Vaccination in Burma 1920-1933 - 1920-1933
Year: 1920
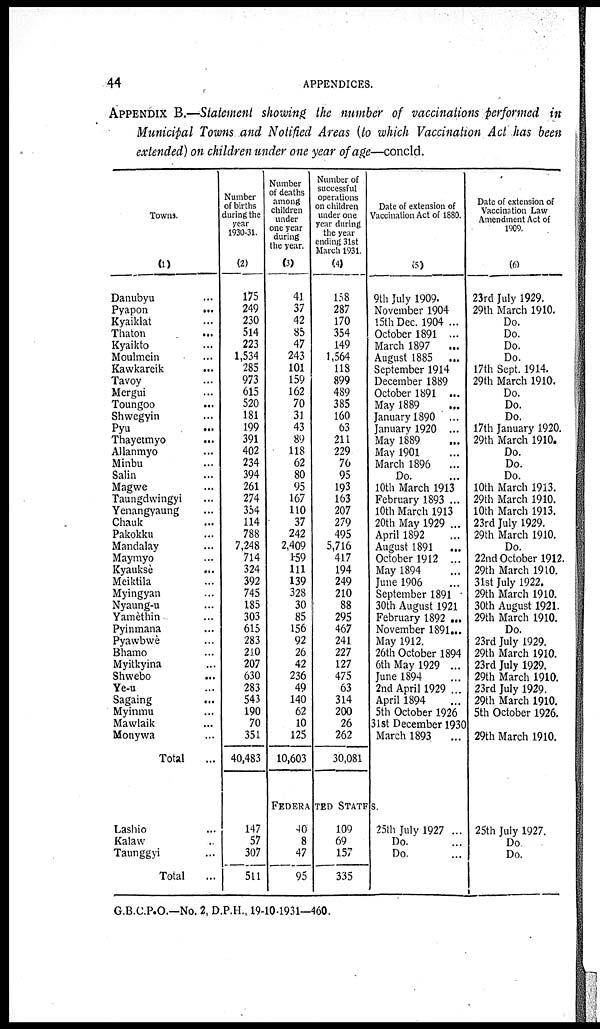
44
APPENDICES.
APPENDIX B.— Statement showing the number of vaccinations performed in
Municipal Towns and Notified Areas (to which Vaccination Act has been
extended) on children under one year of age—concld.
Towns.
(1)
Danubyu ...
Pyapon
...
Kyaiklat ...
Thaton ...
Kyaikto ...
Moulmein ...
Kawkareik ...
Tavoy ...
Mergui ...
Toungoo
...
Shwegyin ...
Pyu ...
Thayetmyo ...
Allanmyo ...
Minbu ...
Salin ...
Magwe ...
Taungdwingyi ...
Yenangyaung ...
Chauk ...
Pakokku ...
Mandalay ...
Maymyo ...
Kyauksè
...
Meiktila ...
Myingyan ...
Nyaung-u ...
Yamèthin ...
Pyinmana ...
Pyawbwè ...
Bhamo ...
Myitkyina ...
Shwebo
...
Ye-u ...
Sagaing ...
Myinmu ...
Mawlaik ...
Monywa ...
Total
...
Lashio ...
Kalaw ...
Taunggyi ...
Total ...
Number
of births
during the
year
1930-31.
(2)
175
249
230
514
223
1,534
285
973
615
520
181
199
391
402
234
394
261
274
354
114
788
7,248
714
324
392
745
185
303
615
283
210
207
630
283
543
190
70
351
40,483
Number
of deaths
among
children
under
one year
during
the year.
(3)
41
37
42
85
47
243
101
159
162
70
31
43
89
118
62
80
95
167
110
37
242
2,409
159
111
139
328
30
85
156
92
26
42
236
49
140
62
10
125
10,603
Number of
successful
operations
on children
under one
year during
the year
ending 31st
March 1931.
(4)
158
287
170
354
149
1,564
118
899
489
385
160
63
211
229
70
95
193
163
207
279
495
5,716
417
194
249
210
88
295
467
241
227
127
475
63
314
200
26
262
30,081
Date of extension of
Vaccination Act of 1880.
(5)
9th July 1909.
November 1904
15th Dec. 1904 ...
October 1891 ...
March 1897
...
August 1885
...
September 1914
December 1889
October 1891 ...
May 1889 ...
January 1890 ...
January 1920 ...
May 1889 ...
May 1901 ...
March 1896
...
Do. ...
10th March 1913
February 1893 ...
10th March 1913
20th May 1929 ...
April 1892 ...
August 1891
...
October 1912 ...
May 1894 ...
June 1906 ...
September 1891
30th August 1921
February 1892 ...
November 1891...
May 1912.
26th October 1894
6th May 1929 ...
June 1894 ...
2nd April 1929 ...
April 1894
5th October 1926
31st December 1930
March 1893
...
FEDERATED STATES.
147
57
307
511
40
8
47
95
109
69
157
335
25th July 1927 ...
Do. ...
Do. ...
Date of extension of
Vaccination Law
Amendment Act of
1909.
(6)
23rd July 1929.
29th March 1910.
Do.
Do.
Do.
Do.
17th Sept. 1914.
29th March 191G.
Do.
Do.
Do.
17th January 1920.
29th March 1910.
Do.
Do.
Do.
10th March 1913.
29th March 1910.
10th March 1913.
23rd July 1929.
29th March 1910.
Do.
22nd October 1912.
29th March 1910.
31st July 1922.
29th March 1910.
30th August 1921.
29th March 1910.
Do.
23rd July 1929.
29th March 1910.
23rd July 1929.
29th March 1910.
23rd July 1929.
29th March 1910.
5th October 1926.
29th March 1910.
25th July 1927.
Do
Do.
G.B.C.P.O.—No. 2, D.P.H., 19-10-1931—460.